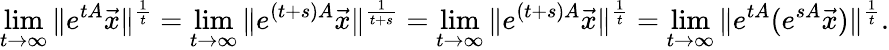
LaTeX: \operatorname*{lim}_{t\to\infty}\| e^{tA}\vec{x}\| ^{\frac{1}{t}}=\operatorname*{lim}_{t\to\infty}\| e^{(t+s)A}\vec{x}\| ^{\frac{1}{t+s}}=\operatorname*{lim}_{t\to\infty}\| e^{(t+s)A}\vec{x}\| ^{\frac{1}{t}}=\operatorname*{lim}_{t\to\infty}\| e^{tA}(e^{sA}\vec{x})\| ^{\frac{1}{t}}.